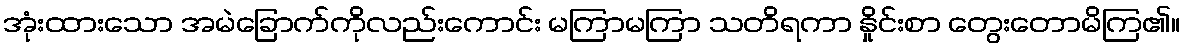
အုံးထားသော အမဲခြောက်ကိုလည်းကောင်း မကြာမကြာ သတိရကာ နှိုင်းစာ တွေးတောမိကြ၏။